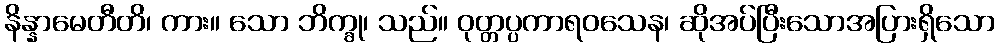
နိန္နာမေတီတိ၊ ကား။ သော ဘိက္ခု၊ သည်။ ဝုတ္တပ္ပကာရဝသေန၊ ဆိုအပ်ပြီးသောအပြားရှိသော